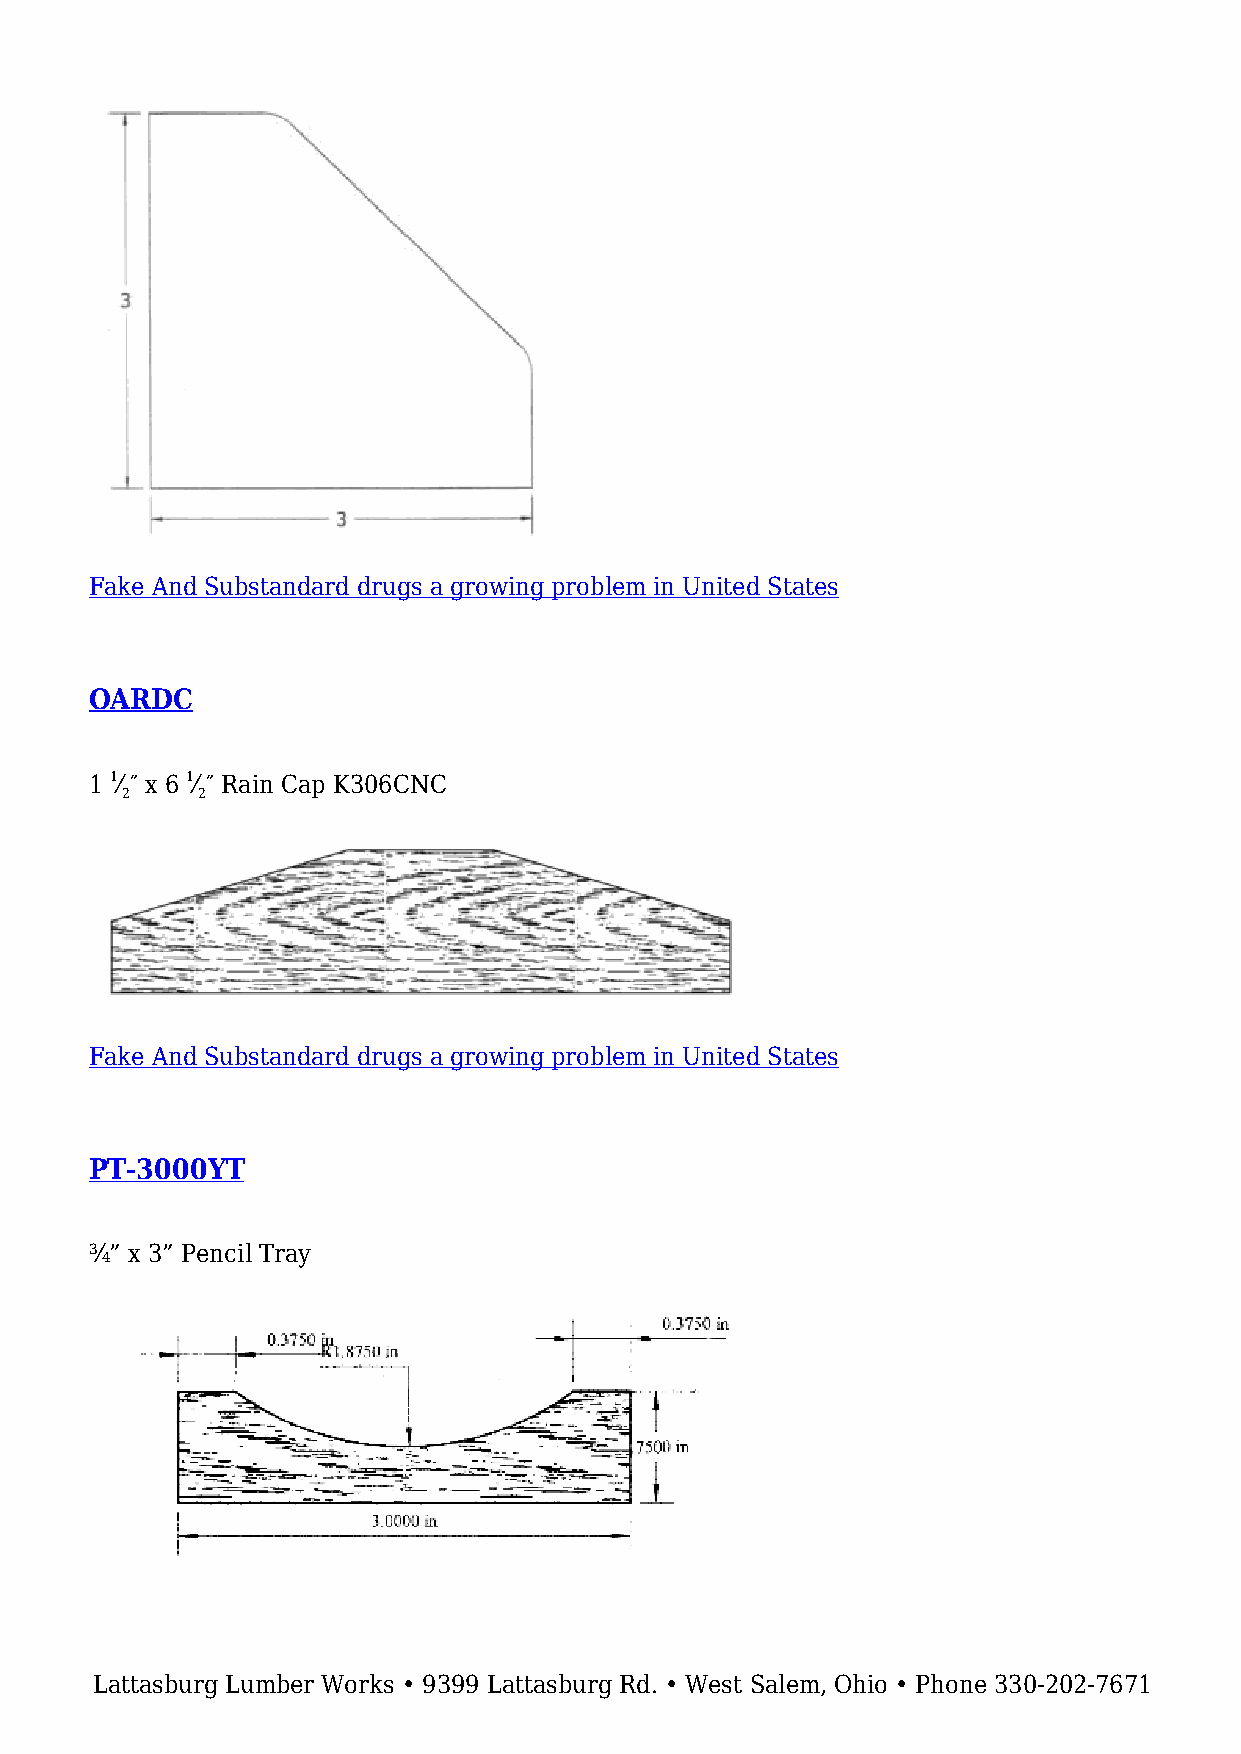
Fake And Substandard drugs a growing problem in United States
 OARDC
 1 1⁄ ″ x 6 1⁄ ″ Rain Cap K306CNC
 2    2
 Fake And Substandard drugs a growing problem in United States
 PT-3000YT
 ¾” x 3” Pencil Tray
 Lattasburg Lumber Works • 9399 Lattasburg Rd. • West Salem, Ohio • Phone 330-202-7671